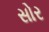
સોર